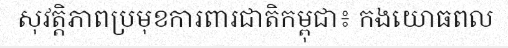
សុវត្តិភាពប្រមុខការពារជាតិកម្ពុជា៖ កងយោធពល